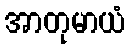
အာတုမာယံ